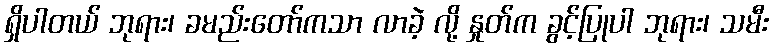
ရှိပါတယ် ဘုရား၊ ခမည်းတော်ကသာ လာခဲ့ လို့ နှုတ်က ခွင့်ပြုပါ ဘုရား၊ သမီး